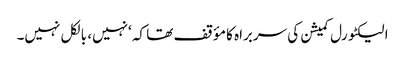
الیکٹورل کمیشن کی سربراہ کا مؤقف تھا کہ ‘نہیں، بالکل نہیں۔